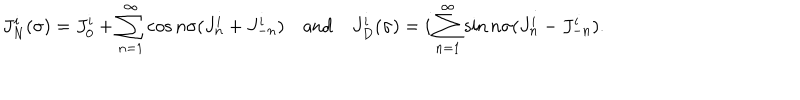
J _ { N } ^ { i } ( \sigma ) = J _ { 0 } ^ { i } + \sum _ { n = 1 } ^ { \infty } \cos n \sigma ( J _ { n } ^ { i } + J _ { - n } ^ { i } ) \quad \mathrm { a n d } \quad J _ { D } ^ { i } ( \sigma ) = i \sum _ { n = 1 } ^ { \infty } \sin n \sigma ( J _ { n } ^ { i } - J _ { - n } ^ { i } ) .